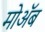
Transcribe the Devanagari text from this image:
मोॲब